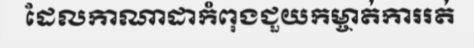
ដែលកាណាដាកំពុងជួយកម្ចាត់ការរត់